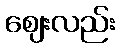
ဈေးလည်း